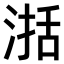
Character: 𣸅